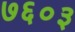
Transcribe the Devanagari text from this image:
७६०३